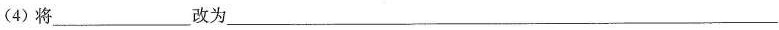
(4) 将___改为___